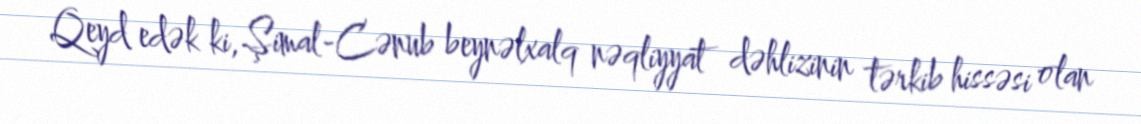
Qeyd edək ki, Şimal-Cənub beynəlxalq nəqliyyat dəhlizinin tərkib hissəsi olan